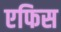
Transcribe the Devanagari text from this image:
एफिस